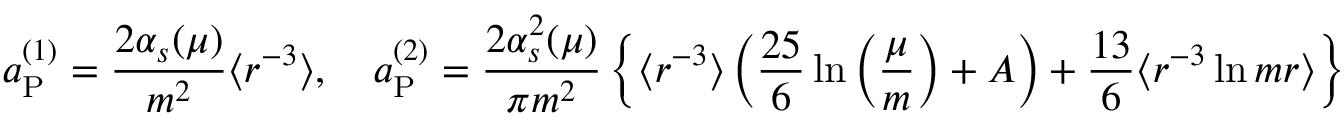
a _ { \mathrm { P } } ^ { ( 1 ) } = \frac { 2 \alpha _ { s } ( \mu ) } { m ^ { 2 } } \langle r ^ { - 3 } \rangle , \quad a _ { \mathrm { P } } ^ { ( 2 ) } = \frac { 2 \alpha _ { s } ^ { 2 } ( \mu ) } { \pi m ^ { 2 } } \left\{ \langle r ^ { - 3 } \rangle \left( \frac { 2 5 } { 6 } \ln \left( \frac { \mu } { m } \right) + A \right) + \frac { 1 3 } { 6 } \langle r ^ { - 3 } \ln m r \rangle \right\}